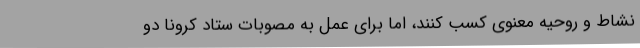
نشاط و روحیه معنوی کسب کنند، اما برای عمل به مصوبات ستاد کرونا دو